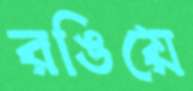
রঙিয়ে